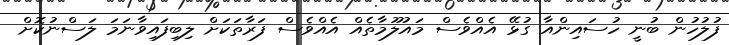
ފުލުހުން ބުނީ ހުސައިންއާ ގުޅޭ އެއްވެސް މައުލޫމާތެއް އެއްވެސް ފަރާތަކަށް ލިބިފައިވާނަމަ ލަސްނުކޮށް